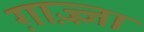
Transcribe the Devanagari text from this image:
ग़ाज़्ज़ा